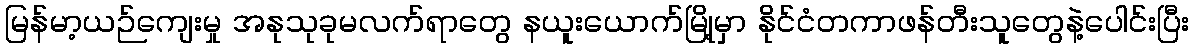
မြန်မာ့ယဉ်ကျေးမှု အနုသုခုမလက်ရာတွေ နယူးယောက်မြို့မှာ နိုင်ငံတကာဖန်တီးသူတွေနဲ့ပေါင်းပြီး